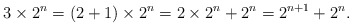
\begin{align*} 3 \times 2^n = (2+1)\times2^n = 2 \times 2^n + 2^n = 2^{n+1} + 2^n. \end{align*}